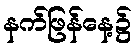
နက်ဖြန်နေ့၌